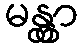
မန္တွာ